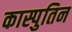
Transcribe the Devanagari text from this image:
कास्पुतिन